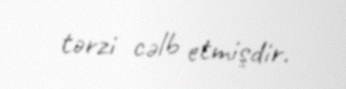
tərzi cəlb etmişdir.